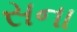
સના